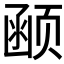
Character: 𱂰